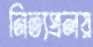
নিত্যপ্রলয়